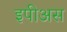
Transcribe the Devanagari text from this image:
इपीअस